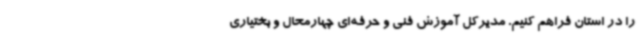
را در استان فراهم کنیم. مدیرکل آموزش فنی و حرفه‌ای چهارمحال و بختیاری